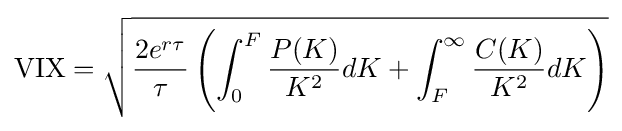
\mathrm {VIX} ={\sqrt {{\frac {2e^{r\,\!\tau }}{\tau }}\left(\int _{0}^{F}{\frac {P(K)}{K^{2}}}dK+\int _{F}^{\infty }{\frac {C(K)}{K^{2}}}dK\right)}}